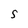
Character: S